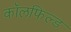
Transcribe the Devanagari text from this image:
कॉलफिल्ड